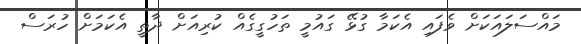
މައްސަލައަކަށް ވެފައި އެކަމާ ގުޅޭ ގައުމީ ތަހުގީގެއް ކުރިއަށް ދާތީ އެކަމަށް ހުރަސް